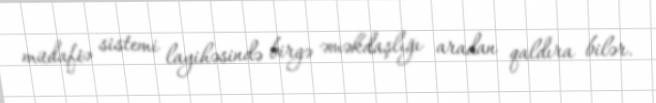
müdafiə sistemi layihəsində birgə əməkdaşlığı aradan qaldıra bilər.